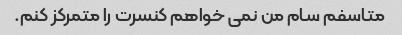
متاسفم سام من نمی خواهم کنسرت را متمرکز کنم.